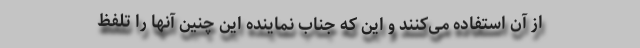
از آن استفاده می‌کنند و این که جناب نماینده این چنین آنها را تلفظ